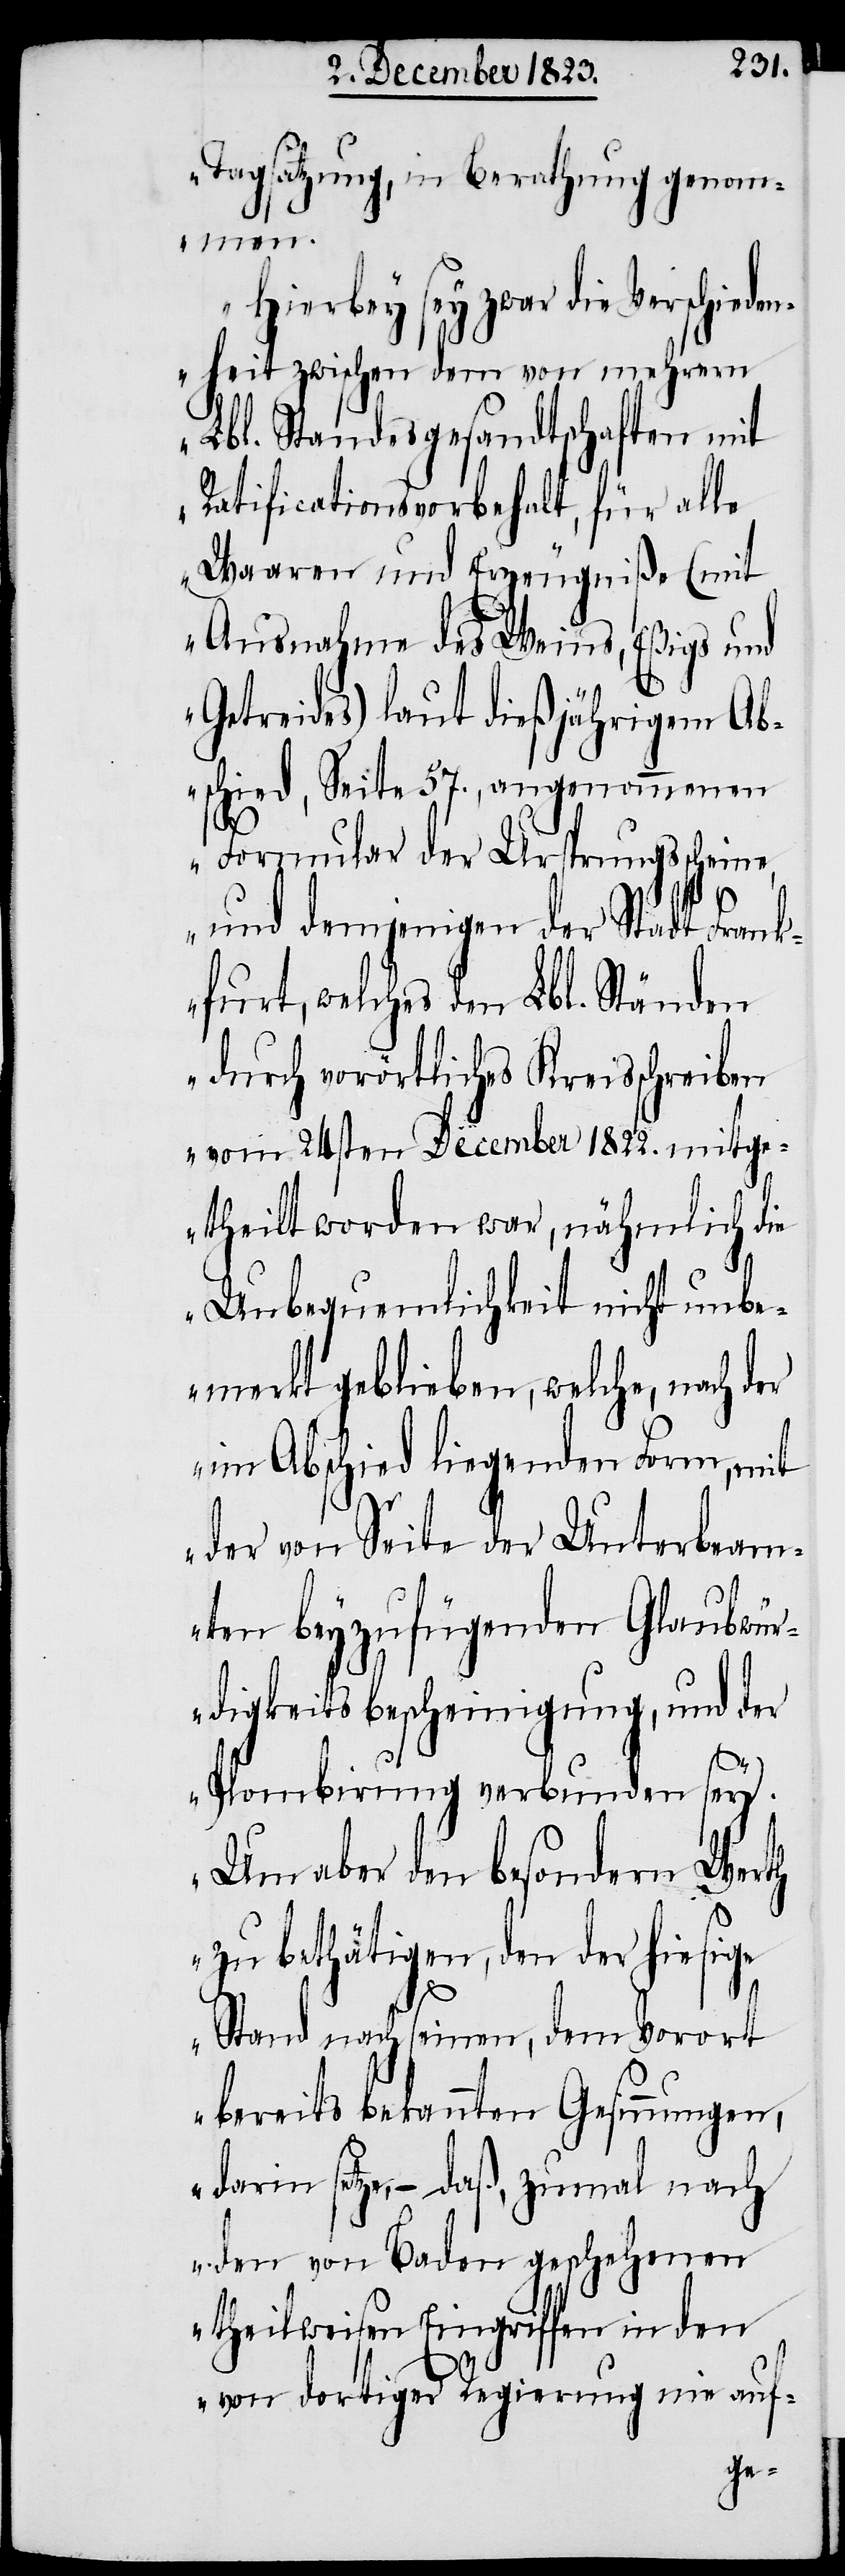
Tagsatzung, in Berathung genomm¬
en.
Hierbey sey zwar die Verschiede¬
nheit zwischen dem von mehrern
Lbl. Standesgesandtschaften mit
Ratificationsvorbehalt, für alle
Waaren und Erzeugniße (mit
Ausnahme des Weins, Eßigs und
Getreides) laut dießjährigem Ab¬
schied, Seite 57., angenommenen
Formular der Ursprungsscheine,
und demjenigen der Stadt Fran¬
kfurt, welches den Lbl. Ständen
durch vorörtliches Kreisschreiben
vom 24sten December 1822. mitge¬
theilt worden war, nähmlich die
Unbequemlichkeit nicht unbe¬
merkt geblieben, welche, nach der
im Abschied liegenden Form, mit
der von Seite der Unterbeam¬
ten beyzufügenden Glaubwür¬
digkeitsbescheinigung, und der
Plombirung verbunden sey.
Um aber den besondern Werth
zu bethätigen, den der hiesige
Stand nach seinen, dem Vorort
bereits bekannten Gesinnungen,
darin setze, − daß, zumal nach
den von Baden geschehenen
theilweisen Eingriffen in den
von dortiger Regierung nie auf-